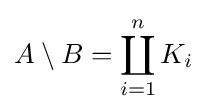
A\setminus B=\coprod _{i=1}^{n}K_{i}